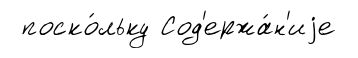
поско́льку Сод'ержа́н'иjе